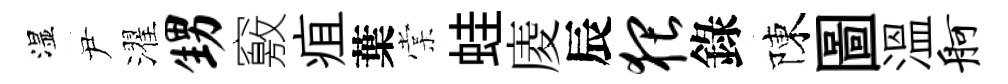
湿尹濯甥竅疽葉棠蛙庱辰猥錄陳圖溫舸